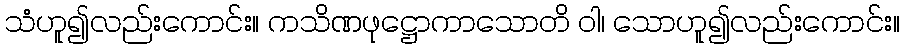
သံဟူ၍လည်းကောင်း။ ကသိဏဖုဋ္ဌောကာသောတိ ဝါ၊ သောဟူ၍လည်းကောင်း။